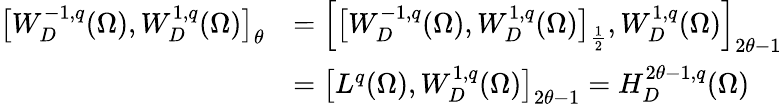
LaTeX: \begin{array}{rl}{\bigl[W_{D}^{-1,q}(\Omega),W_{D}^{1,q}(\Omega)\bigr]_{\theta}}&{=\Bigl[\bigl[W_{D}^{-1,q}(\Omega),W_{D}^{1,q}(\Omega)\bigr]_{\frac 12},W_{D}^{1,q}(\Omega)\Bigr]_{2\theta-1}}\\ &{=\bigl[L^{q}(\Omega),W_{D}^{1,q}(\Omega)\bigr]_{2\theta-1}=H_{D}^{2\theta-1,q}(\Omega)}\end{array}